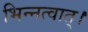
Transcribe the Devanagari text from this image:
भिन्नत्वात्।